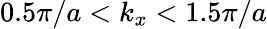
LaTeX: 0.5\pi/a<k_{x}<1.5\pi/a